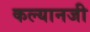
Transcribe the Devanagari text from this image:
कल्यानजी